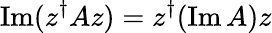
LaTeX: \operatorname{Im}(z^{\dagger}Az)=z^{\dagger}(\operatorname{Im}A)z